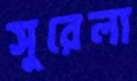
সুরেলা